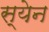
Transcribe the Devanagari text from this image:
स्येन